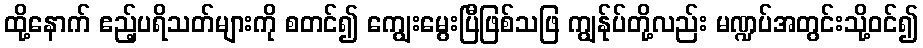
ထို့နောက် ဧည့်ပရိသတ်များကို စတင်၍ ကျွေးမွေးပြီဖြစ်သဖြ ကျွန်ုပ်တို့လည်း မဏ္ဍပ်အတွင်းသို့ဝင်၍